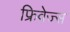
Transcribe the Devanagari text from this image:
फ्रिवेज्स